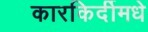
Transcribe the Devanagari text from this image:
कारकिर्दीमधे